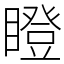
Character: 瞪